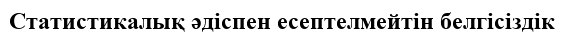
Статистикалық әдіспен есептелмейтін белгісіздік